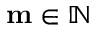
\mathbf { m } \in \mathbb { N }